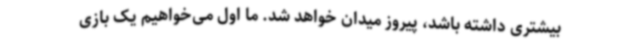
بیشتری داشته باشد، پیروز میدان خواهد شد. ما اول می‌خواهیم یک بازی